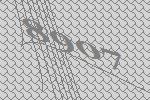
8907